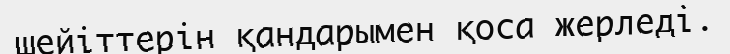
шейіттерін қандарымен қоса жерледі.